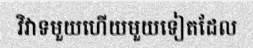
វិវាទមួយហើយមួយទៀតដែល